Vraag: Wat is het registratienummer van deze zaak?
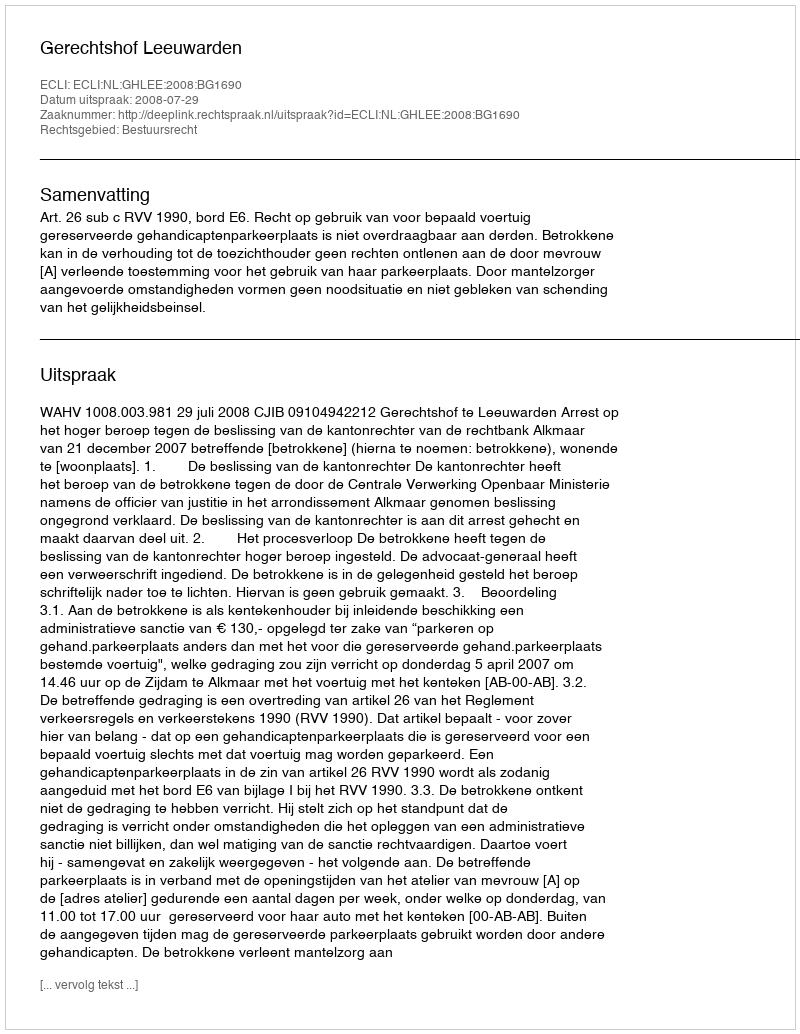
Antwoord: http://deeplink.rechtspraak.nl/uitspraak?id=ECLI:NL:GHLEE:2008:BG1690